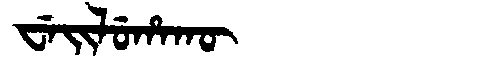
Manchu: ᠸᡝᡳᠯᡠᡥᠠᡴᡡ
Romanization: WEILUHAKŪ